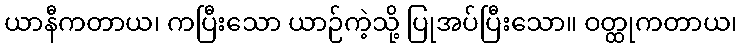
ယာနီကတာယ၊ ကပြီးသော ယာဉ်ကဲ့သို့ ပြုအပ်ပြီးသော။ ဝတ္ထုကတာယ၊